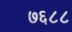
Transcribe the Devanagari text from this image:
७६८८